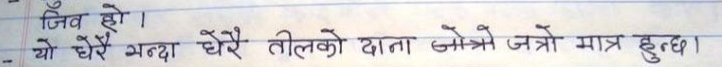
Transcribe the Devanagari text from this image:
जिव हो ।
यो धेरै भन्दा धेरै तीलको दाना जोत्रो जत्रो मात्र हुन्छ।